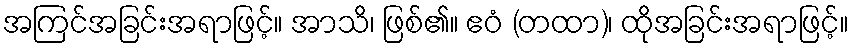
အကြင်အခြင်းအရာဖြင့်။ အာသိ၊ ဖြစ်၏။ ဧဝံ (တထာ)၊ ထိုအခြင်းအရာဖြင့်။